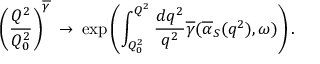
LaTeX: \left( \frac { Q ^ { 2 } } { Q _ { 0 } ^ { 2 } } \right) ^ { \overline { { { \gamma } } } } \: \rightarrow \: \exp \left( \int _ { Q _ { 0 } ^ { 2 } } ^ { Q ^ { 2 } } \frac { d q ^ { 2 } } { q ^ { 2 } } \overline { { { \gamma } } } ( \overline { { { \alpha } } } _ { S } ( q ^ { 2 } ) , \omega ) \right) .